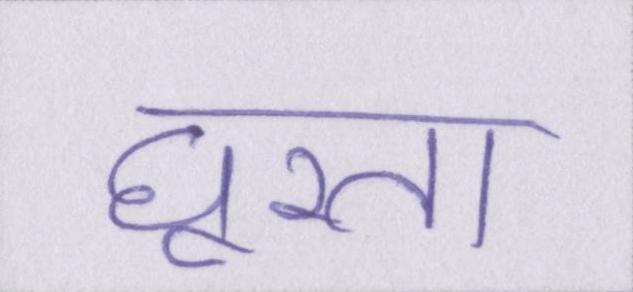
घूरता